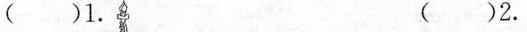
（ ）1. （ ）2.